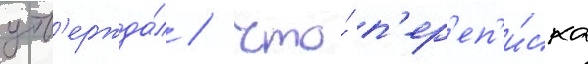
утв'ержда́л / что́ п'ер'еп'и́ска